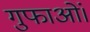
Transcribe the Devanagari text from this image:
गुफाओं।